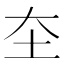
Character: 圶